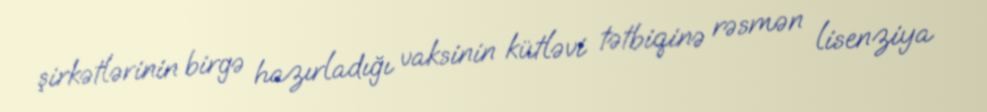
şirkətlərinin birgə hazırladığı vaksinin kütləvi tətbiqinə rəsmən lisenziya